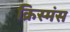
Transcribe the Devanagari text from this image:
क्रिस्मंस